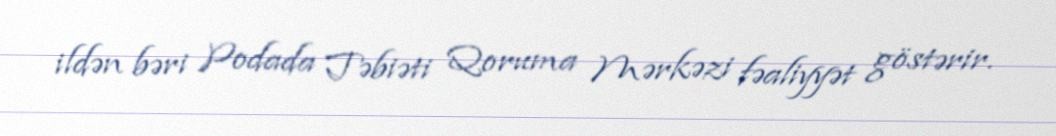
ildən bəri Podada Təbiəti Qoruma Mərkəzi fəaliyyət göstərir.